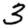
Digit: 3